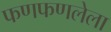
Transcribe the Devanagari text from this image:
फणफणलेला